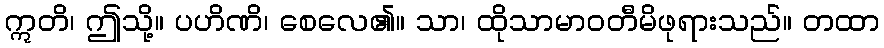
ဣတိ၊ ဤသို့။ ပဟိဏိ၊ စေလေ၏။ သာ၊ ထိုသာမာဝတီမိဖုရားသည်။ တထာ